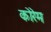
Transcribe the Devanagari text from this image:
कोरेम